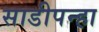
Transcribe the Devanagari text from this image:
साडीपन्हा